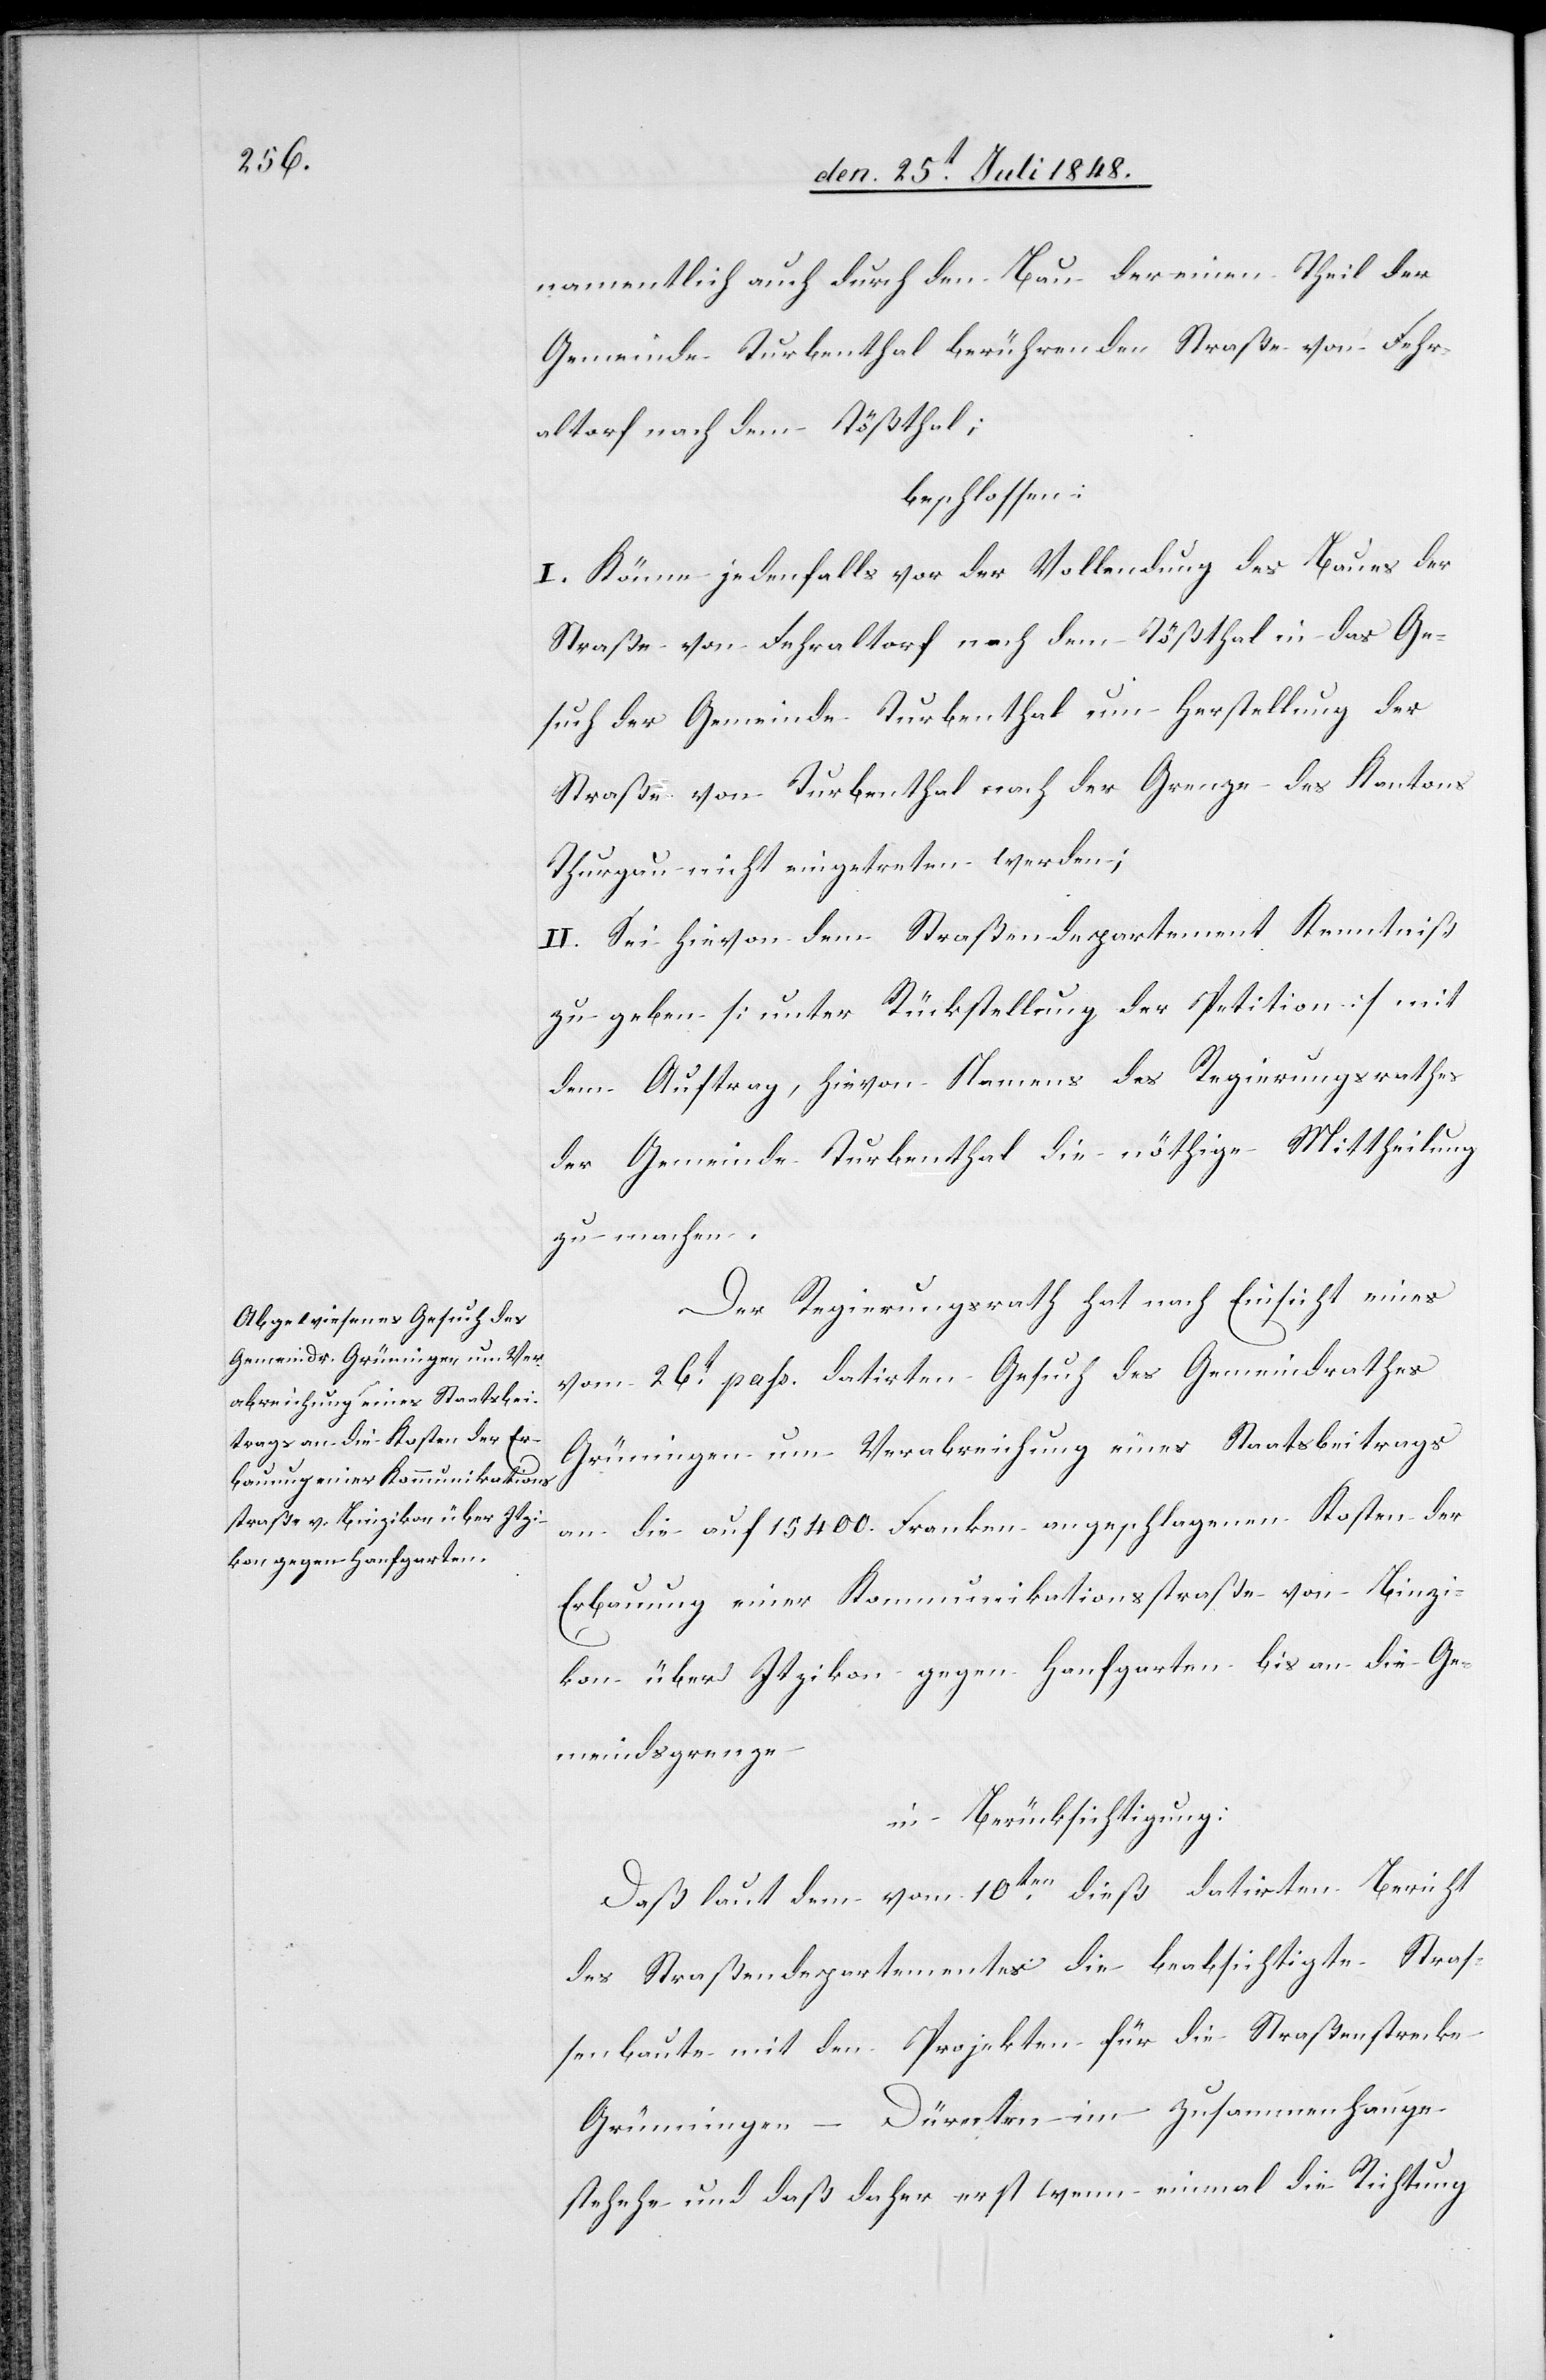
namentlich auch durch den Bau der einen Theil der
Gemeinde Turbenthal berührenden Straße von Fehr¬
altorf nach dem Tößthal;
beschlossen:
I. Könne jedenfalls vor der Vollendung des Baues der
Straße von Fehraltorf nach dem Tößthal in das Ge¬
such der Gemeinde Turbenthal um Herstellung der
Straße von Turbenthal nach der Grenze des Kantons
Thurgau nicht eingetreten werden;
II. Sei hievon dem Straßendepartement Kenntniß
zu geben [unter Rückstellung der Petition] mit
dem Auftrag, hievon Namens des Regierungsrathes
der Gemeinde Turbenthal die nöthige Mittheilung
zu machen.
Der Regierungsrath hat nach Einsicht eines
vom 26t pass datirten Gesuch des Gemeindrathes
Grüningen um Verabreichung eines Staatsbeitrags
an die auf 15400. Franken angeschlagenen Kosten der
Erbauung einer Kommunikationsstraße von Binzi¬
kon über Itzikon gegen Hanfgarten bis an die Ge¬
meindsgrenze
in Berücksichtigung:
Daß laut dem vom 10ten dieß datirten Bericht
des Straßendepartementes die beabsichtigte Straß¬
enbaute mit den Projekten für die Straßenstrecke
Grüningen–Dürnten im Zusammenhange
[sic!] und daß daher erst wenn einmal die Richtung